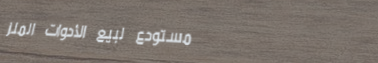
مستودع لبيع الأدوات المنز